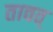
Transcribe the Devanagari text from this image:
तावत्